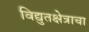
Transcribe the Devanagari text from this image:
विद्युतक्षेत्राचा